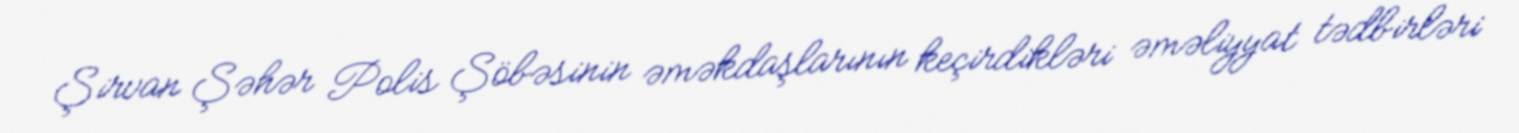
Şirvan Şəhər Polis Şöbəsinin əməkdaşlarının keçirdikləri əməliyyat tədbirləri